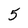
Character: 5